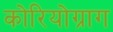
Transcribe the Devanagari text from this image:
कोरियोग्राग